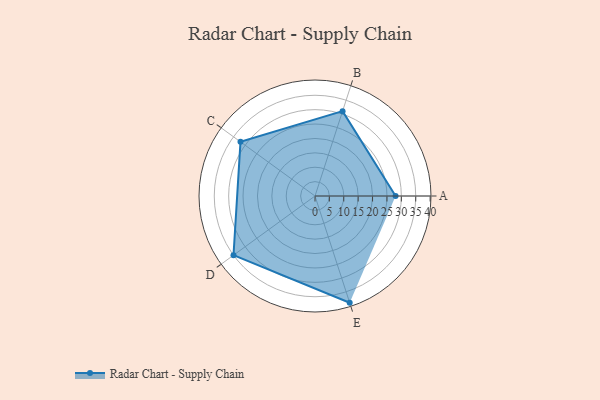
{"axis": {"x": "Skill", "y": "Score"}, "legend": ["Profile"], "data": [{"x": "A", "y": 28.0, "type": "Profile"}, {"x": "B", "y": 31.0, "type": "Profile"}, {"x": "C", "y": 32.0, "type": "Profile"}, {"x": "D", "y": 35.0, "type": "Profile"}, {"x": "E", "y": 39.0, "type": "Profile"}]}